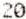
20